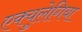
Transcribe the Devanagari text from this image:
एक्युलेगिया